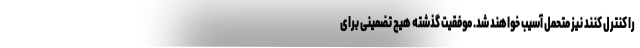
را کنترل کنند نیز متحمل آسیب خواهند شد. موفقیت گذشته هیچ تضمینی برای